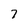
Character: 7